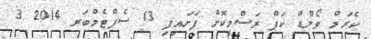
ކެރަމް ވޯލްޑް ކަޕް ރަސްމީކޮށް ފަށައިފި 13 ސެޕްޓެމްބަރ 2014 3